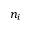
n _ { i }